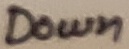
Text: Down